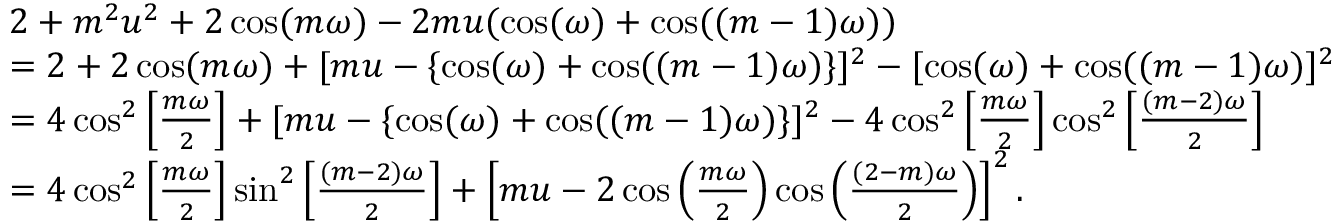
\begin{array} { r l } & { 2 + m ^ { 2 } u ^ { 2 } + 2 \cos ( m \omega ) - 2 m u ( \cos ( \omega ) + \cos ( ( m - 1 ) \omega ) ) } \\ & { = 2 + 2 \cos ( m \omega ) + [ m u - \{ \cos ( \omega ) + \cos ( ( m - 1 ) \omega ) \} ] ^ { 2 } - [ \cos ( \omega ) + \cos ( ( m - 1 ) \omega ) ] ^ { 2 } } \\ & { = 4 \cos ^ { 2 } \left[ \frac { m \omega } { 2 } \right] + [ m u - \{ \cos ( \omega ) + \cos ( ( m - 1 ) \omega ) \} ] ^ { 2 } - 4 \cos ^ { 2 } \left[ \frac { m \omega } { 2 } \right] \cos ^ { 2 } \left[ \frac { ( m - 2 ) \omega } { 2 } \right] } \\ & { = 4 \cos ^ { 2 } \left[ \frac { m \omega } { 2 } \right] \sin ^ { 2 } \left[ \frac { ( m - 2 ) \omega } { 2 } \right] + \left[ m u - 2 \cos \left( \frac { m \omega } { 2 } \right) \cos \left( \frac { ( 2 - m ) \omega } { 2 } \right) \right] ^ { 2 } . } \end{array}